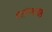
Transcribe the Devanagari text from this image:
पतंगकाष्ठ